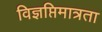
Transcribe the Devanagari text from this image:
विज्ञप्तिमात्रता